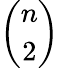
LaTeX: \binom{n}{2}